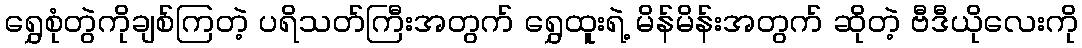
ရွှေစုံတွဲကိုချစ်ကြတဲ့ ပရိသတ်ကြီးအတွက် ရွှေထူးရဲ့ မိန်မိန်းအတွက် ဆိုတဲ့ ဗီဒီယိုလေးကို